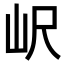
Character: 𡵸